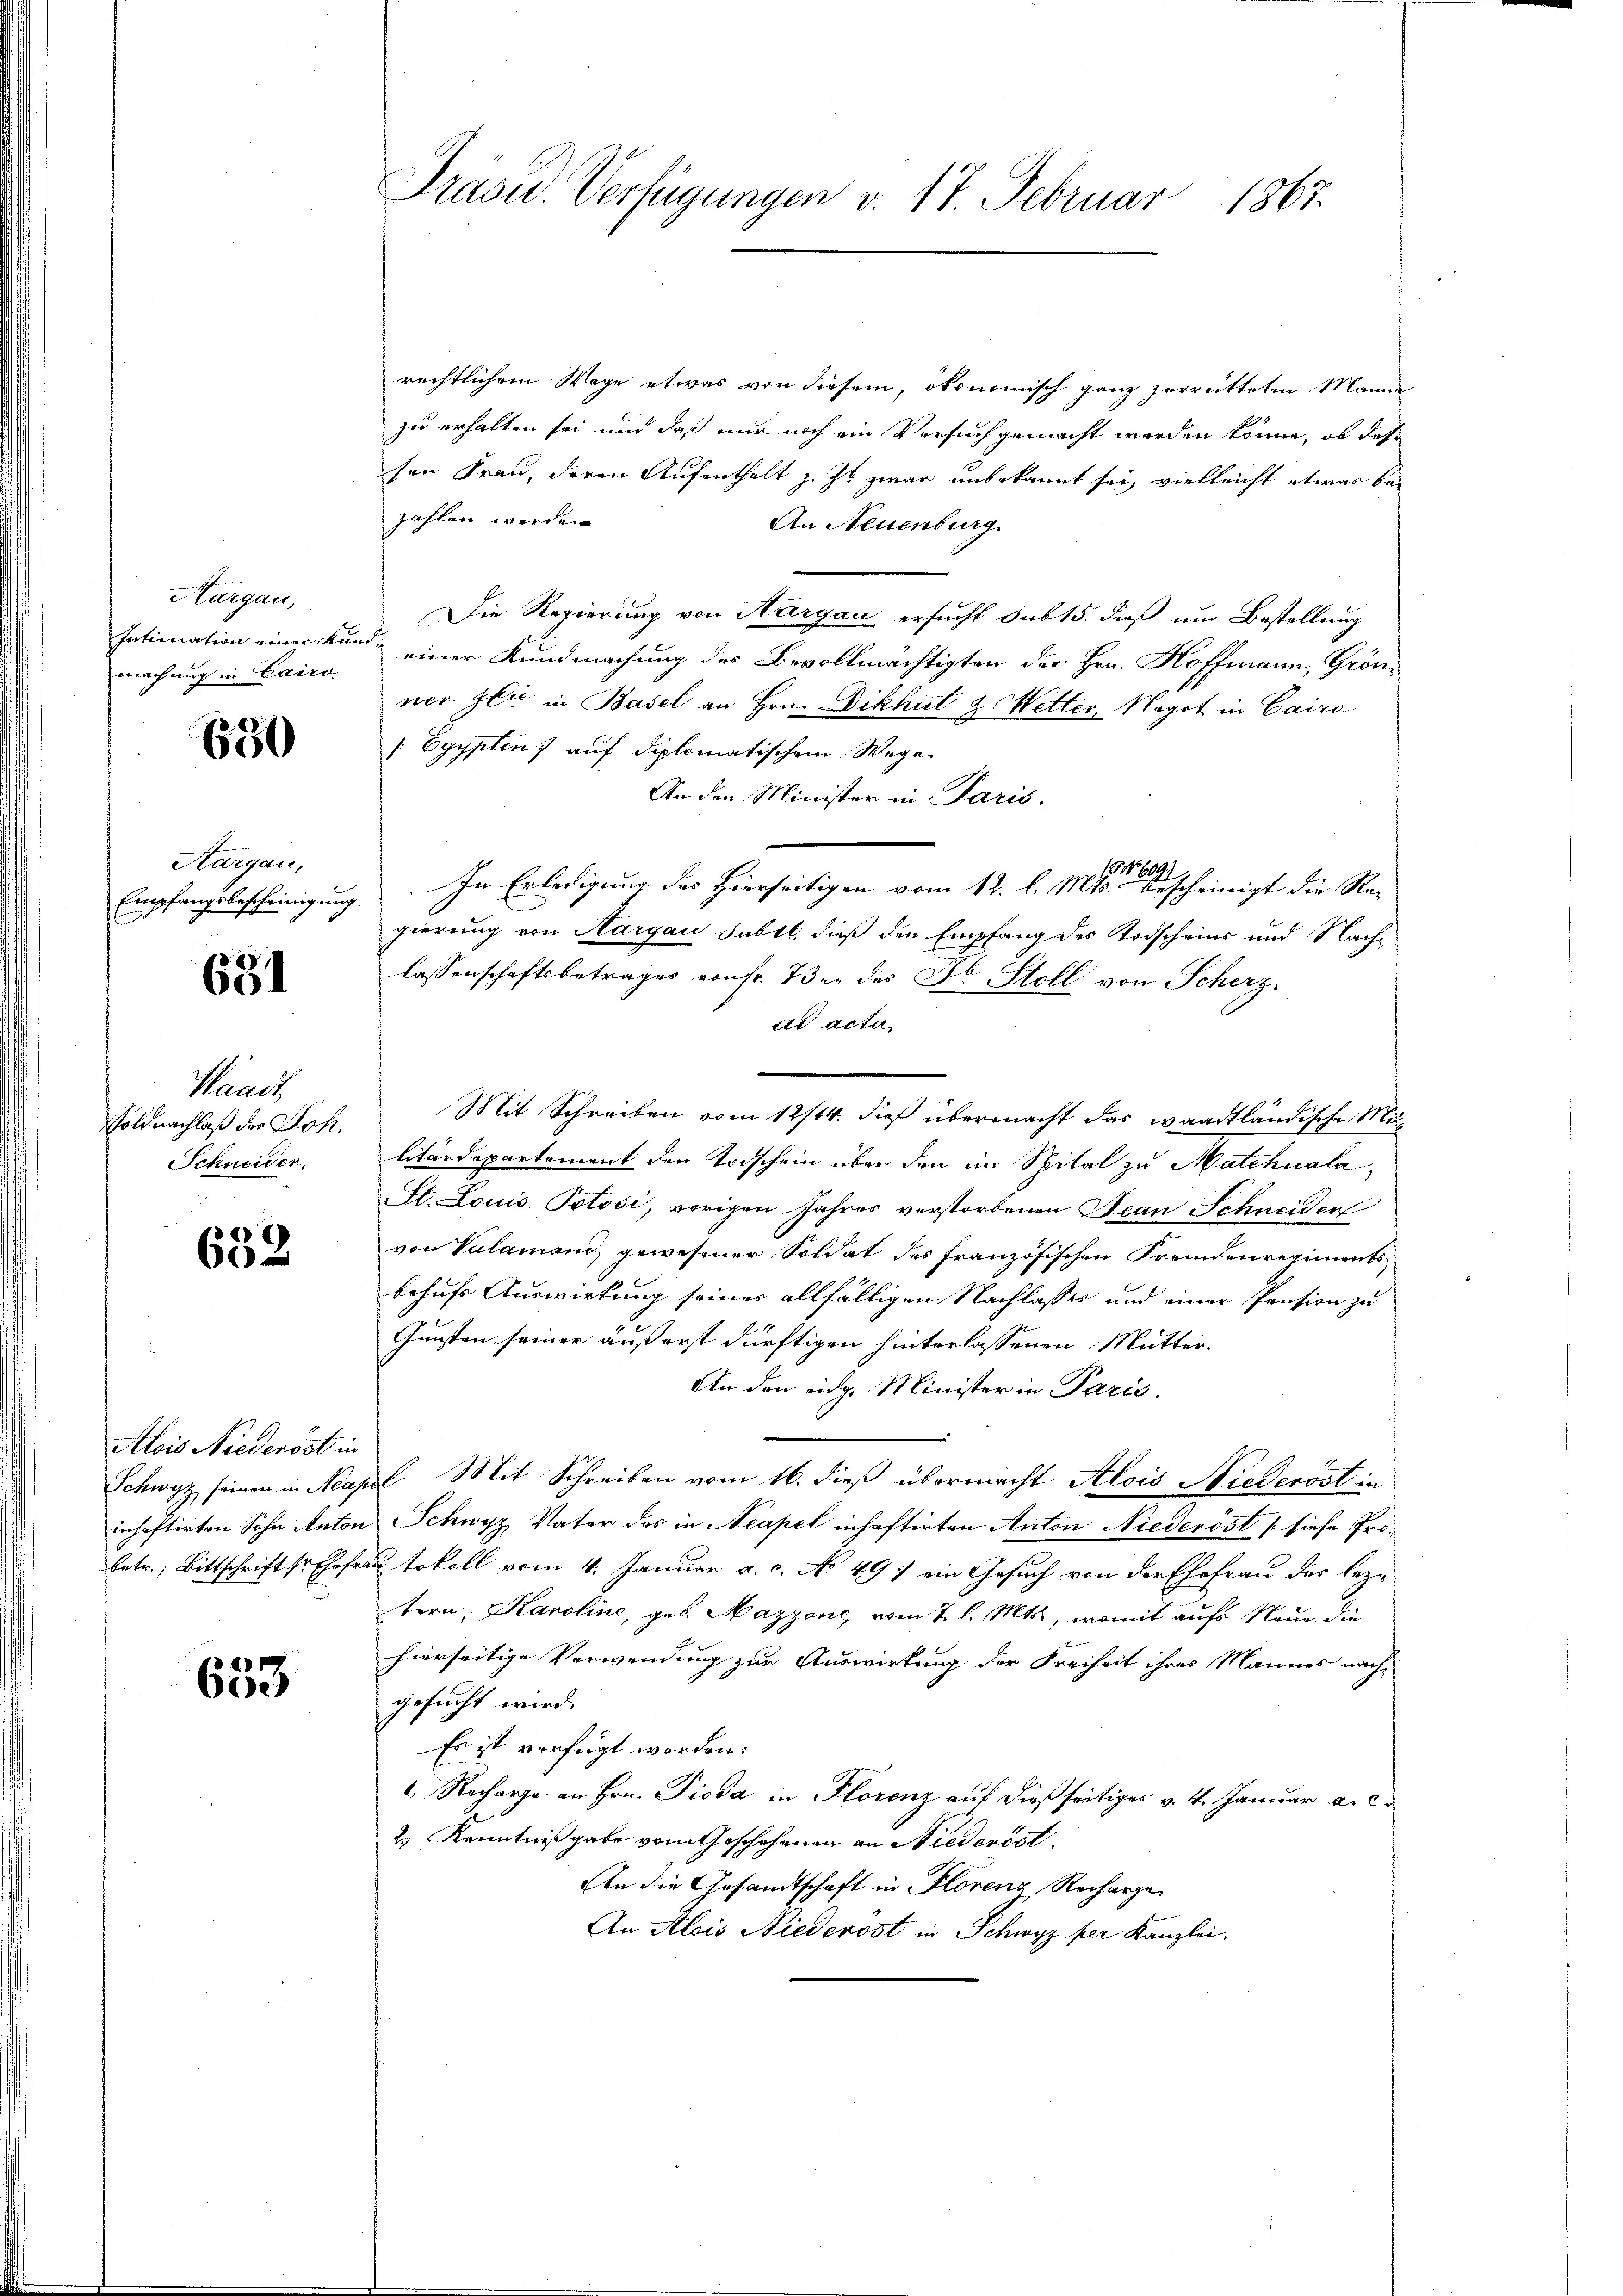
Hargau,
Intimation einer Ku
machung in Cairo

650

Aargau,
Empfangsbescheinigung.

631

Kaach
Soldnachlaß der Joh.
Schneider.

652

Alois Niederöst in
Schwyz seinen in Ma
inhaftirten Sohn Anton
betr. Bittschrift sr Ehefr

633

Prasid. Verfügungen v. 17. Februar 1867.

rechtlichem Wege etwas von diesem, ökonomisch ganz zerrütteten Manne
zu erhalten sei und daß nur noch ein Versuch gemacht werden könne, ob des
sen Frau, deren Aufenthalt z. Zt. zwar unbekannt sei, vielleicht etwas bei
zahlen werde.
An Neuenburg
Die Regierung von Hargau ersucht sub 15. dieß um Bestellung
einer Kundmachung des Bevollmächtigten der Hrn. Hoffmann, Grönner Glic in Basel an Hrn. Dikhut & Wetter, Negot in Cairo
/ Egypten, auf diplomatischem Wege.
An den Minister in Paris.
In Erledigung des Hierseitigen vom 12. l. Mts. bescheinigt die Regierung von Aargau subtt. dieß den Empfang des Todscheins und Nachlassenschaftsbetrages von fr. 7ten der Dr. Stoll von Scherz
ad acta

Mit Schreiben vom 12/14. dieß übermacht das waadtländische Militärdepartement den Todschein über den im Spital zu Matchuala,
St. Louis-Polosi, vorigen Jahres verstorbenen Jean Schneider
von Valamand, gewesener Soldat des französischen Fremdenregimentsbehufs Auswirkung seiner allfälligen Nachlasses und einer Pension zu
Gunsten seiner außerst dürftigen hinterlassenen Mutter¬
An den eidg. Minister in Paris.
l. Mit Schreiben vom 16. dieß übermacht Alois Niederöst in
Schwyz, Vater das in Neapel inhaftirten Anton Niederöst (siehe Proutokoll vom 4. Januar a. c. No 497 ein Gesuch von der Ehefrau der leztern, Karoline, geb. Mazzone, vom 7. l. Mts., womit aufs Neue, die
hierseitige Verwendung zur Auswirkung der Freiheit ihres Mannes nachgesucht wird.
Es ist verfügt worden.
4. Recharge an Hrn. Pioda in Florenz auf dießseitiges v. 4. Januar a. c.
2.) Kenntnißgabe vom Geschehenen an Niederöst.
An die Gesandtschaft in Florenz Recharge
An Alois Niederost in Schwyz per Kanzlei.